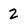
Character: 2